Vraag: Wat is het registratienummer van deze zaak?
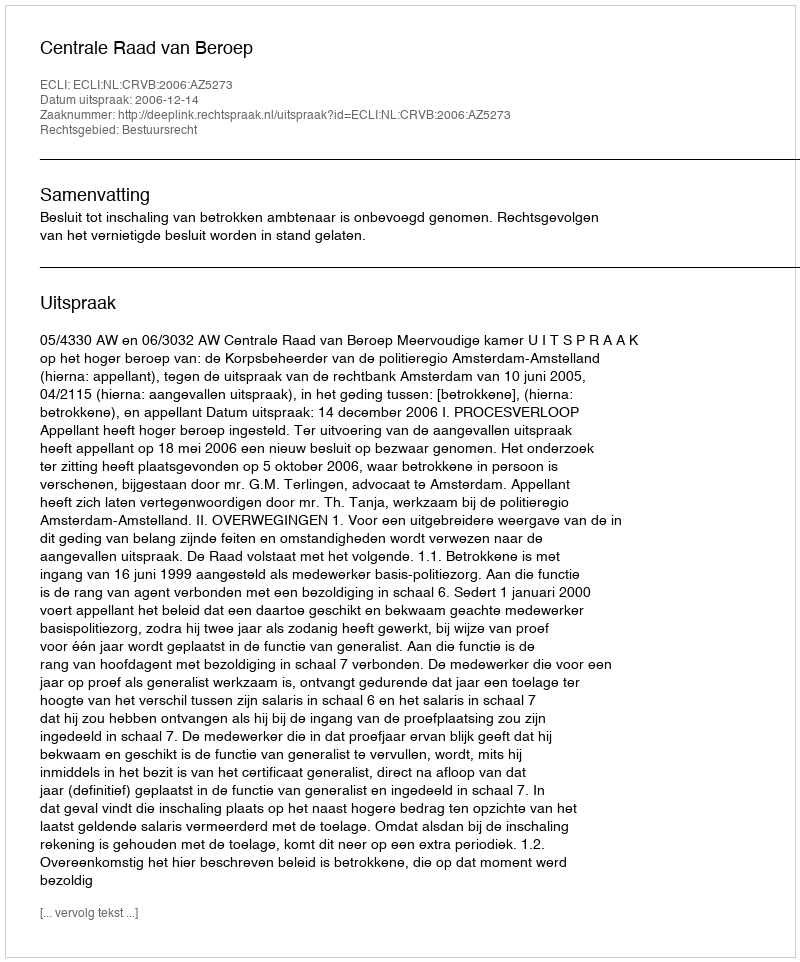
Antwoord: http://deeplink.rechtspraak.nl/uitspraak?id=ECLI:NL:CRVB:2006:AZ5273